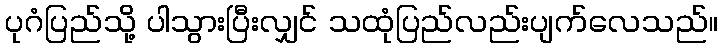
ပုဂံပြည်သို့ ပါသွားပြီးလျှင် သထုံပြည်လည်းပျက်လေသည်။